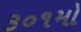
૩૦૧મો